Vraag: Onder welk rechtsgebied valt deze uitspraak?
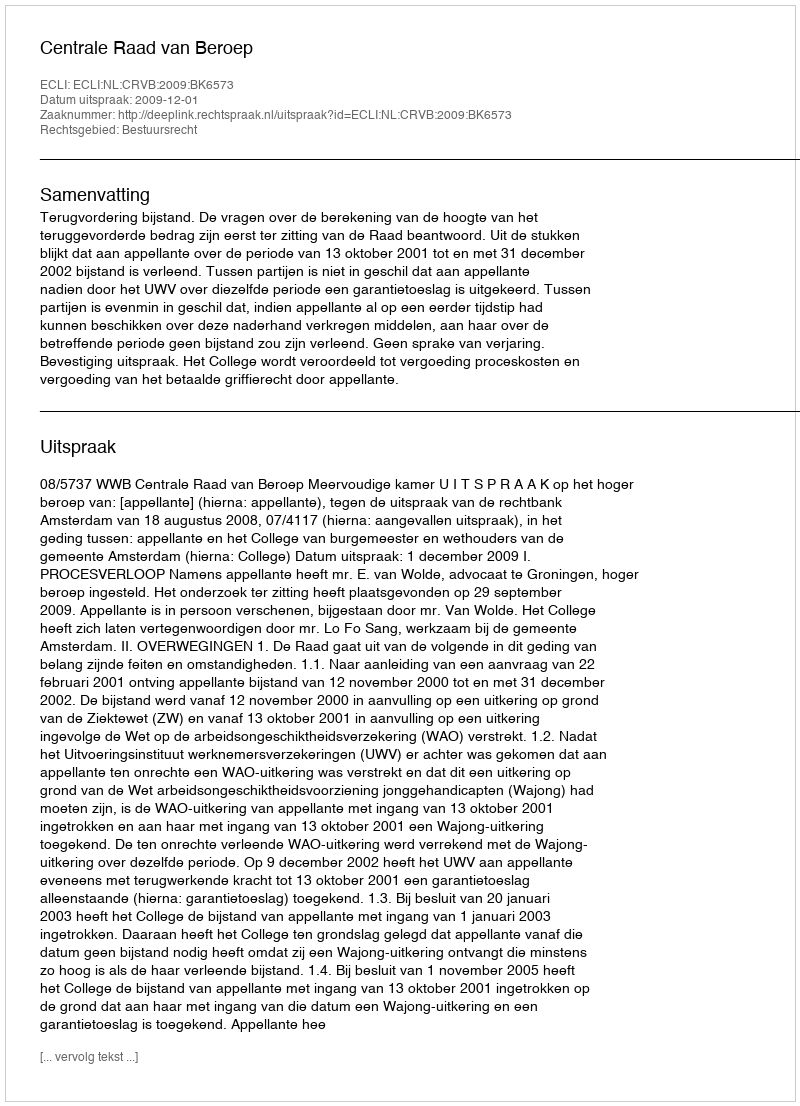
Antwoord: Bestuursrecht